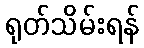
ရုတ်သိမ်းရန်